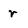
Character: r